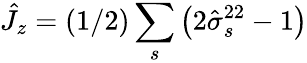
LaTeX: \hat{J}_{z}=(1/2)\sum_{s}\left(2\hat{\sigma}_{s}^{22}-1\right)